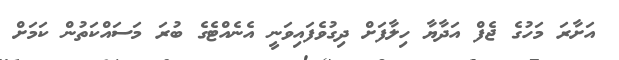
އަށާރަ މަހުގެ ޖެފް އަދާޔާ ހިލާފަށް ދިގުވެފައިވަނީ އެނެއްޓެގެ ބުރަ މަސައްކަތުން ކަމަށް